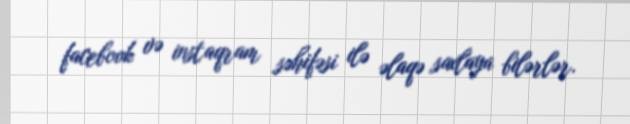
facebook və instaqram səhifəsi ilə əlaqə saxlaya bilərlər.